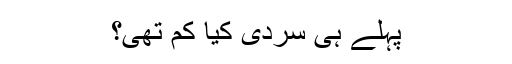
پہلے ہی سردی کیا کم تھی؟